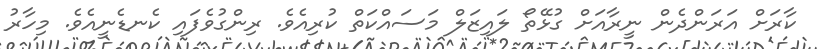
ކާރަށް އަރަންދެން ނީރާއަށް ގުޅޭތޯ ލައިޒަލް މަސައްކަތް ކުރިއެވެ. ރިންގުވެފައި ކެނޑެނީއެވެ. މިހާރު